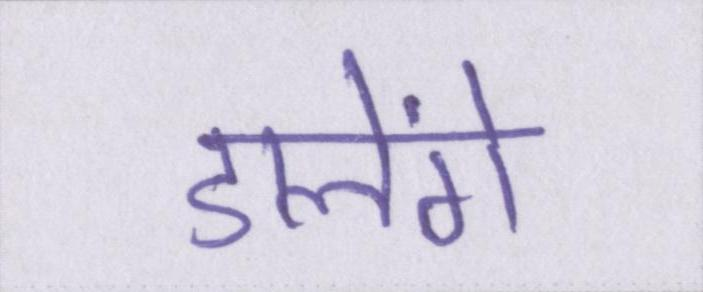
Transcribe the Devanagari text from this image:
डालेंगे